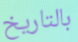
بالتاريخ